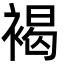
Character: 褐